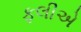
ફલીએ